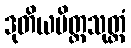
ဒုတိယမိတ္တသုတ္တံ